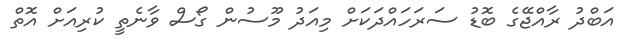
އަބްދު ރާއްޖޭގެ ބޮޑު ސަރަހައްދަކަށް މިއަދު މޫސުން ގޯސް ވާނެތީ ކުރިއަށް އޮތް